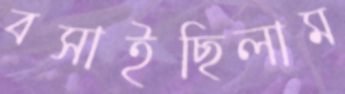
বসাইছিলাম